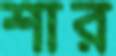
শার